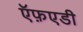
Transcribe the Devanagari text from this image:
ऍफ़एडी